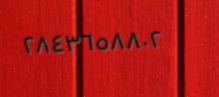
٢٨٤٣٦٥٨٨٠٢